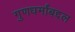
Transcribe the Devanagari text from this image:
गुणधर्मांबद्दल